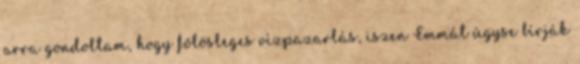
arra gondoltam, hogy fölösleges vízpazarlás, iszen Emmát úgyse bírják